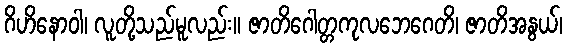
ဂိဟိနောဝါ၊ လူတို့သည်မူလည်း။ ဇာတိဂေါတ္တကုလဘေဂေတိ၊ ဇာတိအနွယ်၊